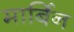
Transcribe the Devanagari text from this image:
मार्बिन